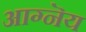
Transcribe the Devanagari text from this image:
आग्नॆय